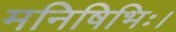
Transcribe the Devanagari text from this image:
मनिषिभिः।